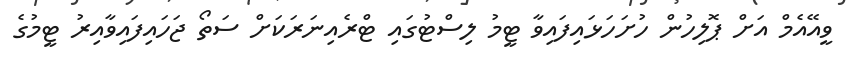
ވީއޭއެމް އަށް ޕޮލިހުން ހުށަހަޅައިފައިވާ ޓީމު ލިސްޓުގައި ޓްރެއިނަރަކަށް ސަތޯ ޖަހައިފައިވާއިރު ޓީމުގެ